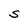
Character: S